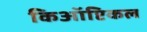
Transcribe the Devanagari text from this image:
किऑप्टिकल